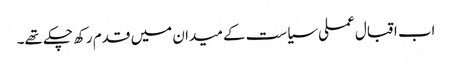
اب اقبال عملی سیاست کے میدان میں قدم رکھ چکے تھے۔